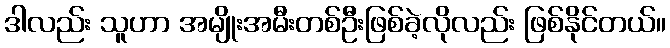
ဒါလည်း သူဟာ အမျိုးအမီးတစ်ဦးဖြစ်ခဲ့လိုလည်း ဖြစ်နိုင်တယ်။